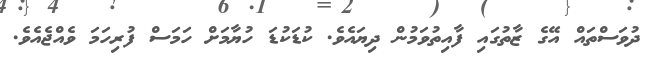
ދުވަސްތައް އޭގެ ޒާތުގައި ފާއިތުވަމުން ދިޔައެވެ. ކުޑަކުޑަ ހުޔާމަށް ހަމަސް ފުރިހަމަ ވެއްޖެއެވެ.